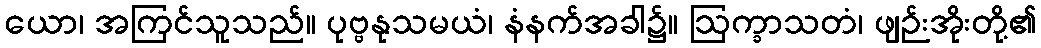
ယော၊ အကြင်သူသည်။ ပုဗ္ဗနုသမယံ၊ နံနက်အခါ၌။ ဩက္ခာသတံ၊ ဖျဉ်းအိုးတို့၏